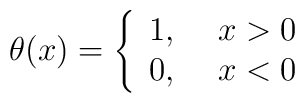
\theta (x)=\left\{\begin{array}{cc}	1, ~& x>0  \\	0, ~& x<0\end{array}\right.